Report of the Imperial Institute of Veterinary Research, Muktesar
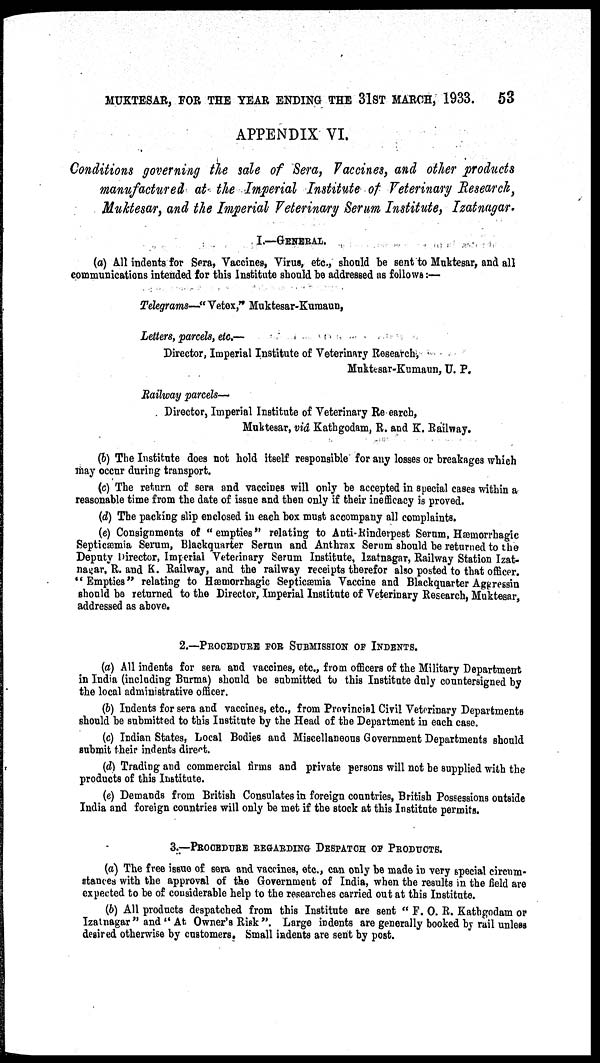
MUKTESAR, FOR THE YEAR ENDING THE 31ST MARCH, 1933.
53
APPENDIX VI.
Conditions governing the sale of Sera, Vaccines, and other products
manufactured at the Imperial Institute of Veterinary Research,
Muktesar, and the Imperial Veterinary Serum Institute, Izatnagar.
I.—GENERAL.
(a) All indents for Sera, Vaccines, Virus, etc., should be sent to Muktesar, and all
communications intended for this Institute should be addressed as follows:—
Telegrams—"Vetex," Muktesar-Kumaun,
Letters, parcels, etc.—
Director, Imperial Institute of Veterinary Research,
Muktesar-Kumaun, U. P.
Railway parcels—
Director, Imperial Institute of Veterinary Research,
Muktesar, vid Kathgodam, R. and K. Railway.
(b) The Institute does not hold itself responsible for any losses or breakages which
may occur during transport.
(c) The return of sera and vaccines will only be accepted in special cases within a
reasonable time from the date of issue and then only if their inefficacy is proved.
(d) The packing slip enclosed in each box must accompany all complaints.
(e) Consignments of "empties" relating to Anti-Rinderpest Serum, Hæmorrhagic
Septicæmia Serum, Blackquarter Serum and Anthrax Serum should be returned to the
Deputy Director, Imperial Veterinary Serum Institute, Izatnagar, Railway Station Izat-
nagar, R. and K. Railway, and the railway receipts therefor also posted to that officer.
"Empties" relating to Hæmorrhagic Septicæmia Vaccine and Blackquarter Aggressin
should be returned to the Director, Imperial Institute of Veterinary Research, Muktesar,
addressed as above.
2.—PROCEDURE FOR SUBMISSION OF INDENTS.
(a) All indents for sera and vaccines, etc., from officers of the Military Department
in India (including Burma) should be submitted to this Institute duly countersigned by
the local administrative officer.
(b) Indents for sera and vaccines, etc., from Provincial Civil Veterinary Departments
should be submitted to this Institute by the Head of the Department in each case.
(c) Indian States, Local Bodies and Miscellaneous Government Departments should
submit their indents direct.
(d) Trading and commercial firms and private persons will not be supplied with the
products of this Institute.
(e) Demands from British Consulates in foreign countries, British Possessions outside
India and foreign countries will only be met if the stock at this Institute permits.
3.—PROCEDURE REGARDING DESPATCH OF PRODUCTS.
(a) The free issue of sera and vaccines, etc., can only be made in very special circum-
stances with the approval of the Government of India, when the results in the field are
expected to be of considerable help to the researches carried out at this Institute.
(b) All products despatched from this Institute are sent " F. O. R. Kathgodam or
Izatnagar " and " At Owner's Risk ". Large indents are generally booked by rail unless
desired otherwise by customers. Small indents are sent by post.